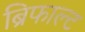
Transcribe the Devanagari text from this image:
ब्रिफाल्ट